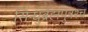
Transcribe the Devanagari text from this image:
सिन्धुर्ब्रह्मपुत्रश्च